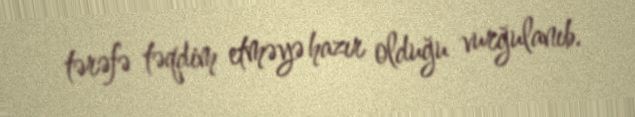
tərəfə təqdim etməyə hazır olduğu vurğulanıb.